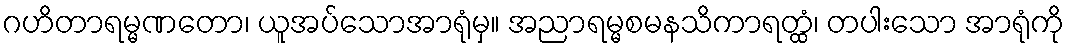
ဂဟိတာရမ္မဏတော၊ ယူအပ်သောအာရုံမှ။ အညာရမ္မစမနသိကာရတ္ထံ၊ တပါးသော အာရုံကို